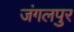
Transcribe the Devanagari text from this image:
जंगलपुर